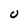
Character: U